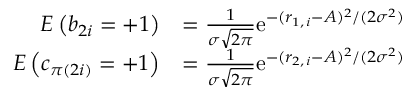
\begin{array} { r l } { E \left( b _ { 2 i } = + 1 \right) } & { = \frac { 1 } { \sigma \sqrt { 2 \pi } } \mathrm { e } ^ { - ( r _ { 1 , \, i } - A ) ^ { 2 } / ( 2 \sigma ^ { 2 } ) } } \\ { E \left( c _ { \pi ( 2 i ) } = + 1 \right) } & { = \frac { 1 } { \sigma \sqrt { 2 \pi } } \mathrm { e } ^ { - ( r _ { 2 , \, i } - A ) ^ { 2 } / ( 2 \sigma ^ { 2 } ) } } \end{array}